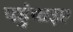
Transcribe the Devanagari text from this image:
पहुंचाइए